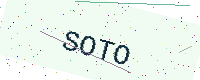
Text: SOTO